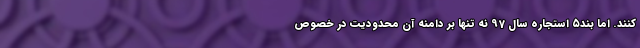
کنند. اما بند۵ استجاره سال 97 نه تنها بر دامنه آن محدودیت در خصوص